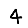
Digit: 4